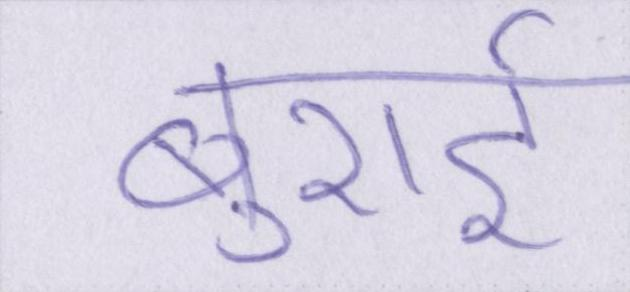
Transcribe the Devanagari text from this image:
बुराई